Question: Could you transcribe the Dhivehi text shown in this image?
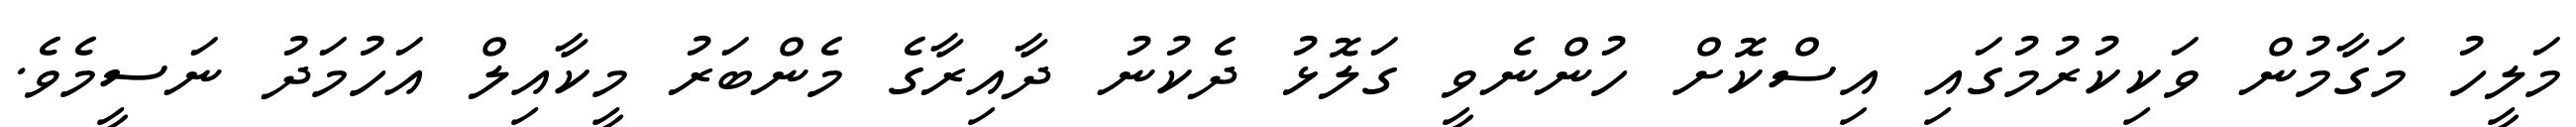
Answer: މަލީހު މަގާމުން ވަކިކުރުމުގައި އިސްކޮށް ހުންނެވީ ގަލޮޅު ދެކުނު ދާއިރާގެ މެންބަރު މީކާއިލް އަހުމަދު ނަސީމެވެ.